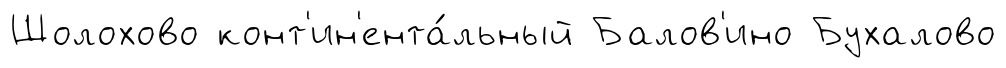
Шолохово конт'ин'ента́льный Балов'ино Бухалово